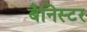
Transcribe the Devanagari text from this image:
बैनिस्टर